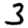
Digit: 3